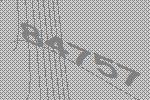
84757